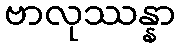
ဗာလုဿန္နာ